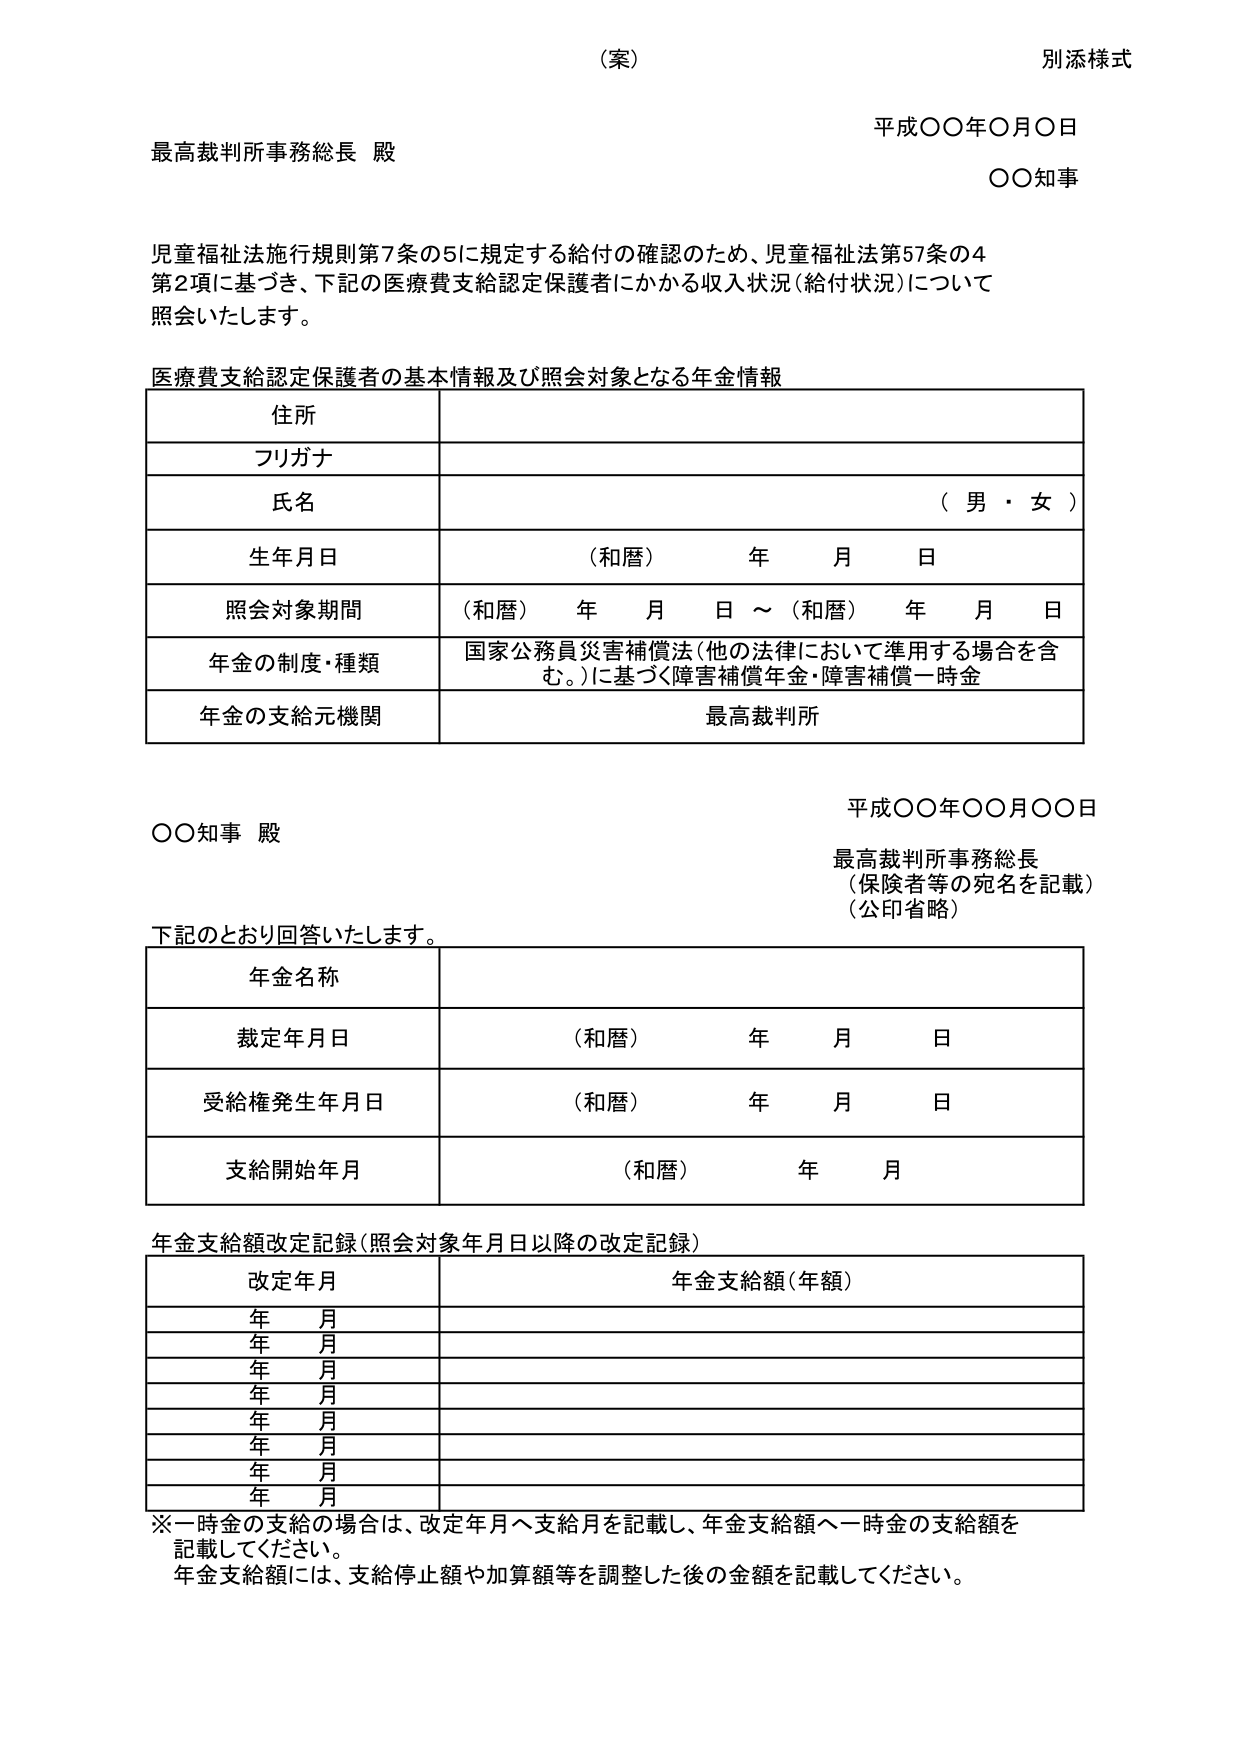
（案）
別添様式

平成〇〇年〇月〇日
最高裁判所事務総長 殿
〇〇知事

児童福祉法施行規則第7条の5に規定する給付の確認のため、児童福祉法第57条の4
第2項に基づき、下記の医療費支給認定保護者にかかる収入状況（給付状況）について
照会いたします。

医療費支給認定保護者の基本情報及び照会対象となる年金情報

住所
フリガナ
氏名 （男・女）
生年月日 （和暦） 年 月 日
照会対象期間 （和暦） 年 月 日 ～ （和暦） 年 月 日
年金の制度・種類 国家公務員災害補償法（他の法律において準用する場合を含む。）に基づく障害補償年金・障害補償一時金
年金の支給元機関 最高裁判所

平成〇〇年〇〇月〇〇日
〇〇知事 殿
最高裁判所事務総長
（保険者等の宛名を記載）
（公印省略）

下記のとおり回答いたします。

年金名称
裁定年月日 （和暦） 年 月 日
受給権発生年月日 （和暦） 年 月 日
支給開始年月 （和暦） 年 月

年金支給額改定記録（照会対象年月日以降の改定記録）

改定年月 年金支給額（年額）
年 月
年 月
年 月
年 月
年 月
年 月
年 月
年 月

※一時金の支給の場合は、改定年月へ支給月を記載し、年金支給額へ一時金の支給額を
記載してください。
年金支給額には、支給停止額や加算額等を調整した後の金額を記載してください。